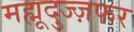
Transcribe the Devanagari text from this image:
मह्मूदुज्ज़फर